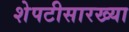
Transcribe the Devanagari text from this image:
शेपटीसारख्या